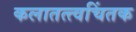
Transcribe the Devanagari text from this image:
कलातत्त्वचिंतक